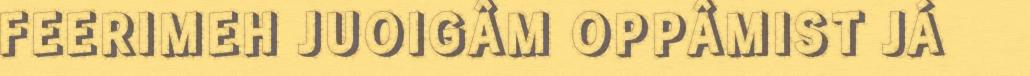
FEERIMEH JUOIGÂM OPPÂMIST JÁ